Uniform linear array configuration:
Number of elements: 32
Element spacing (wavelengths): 1
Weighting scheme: exponential
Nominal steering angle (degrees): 0
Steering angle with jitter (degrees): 0.05336
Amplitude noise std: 0.05
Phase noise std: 0.05

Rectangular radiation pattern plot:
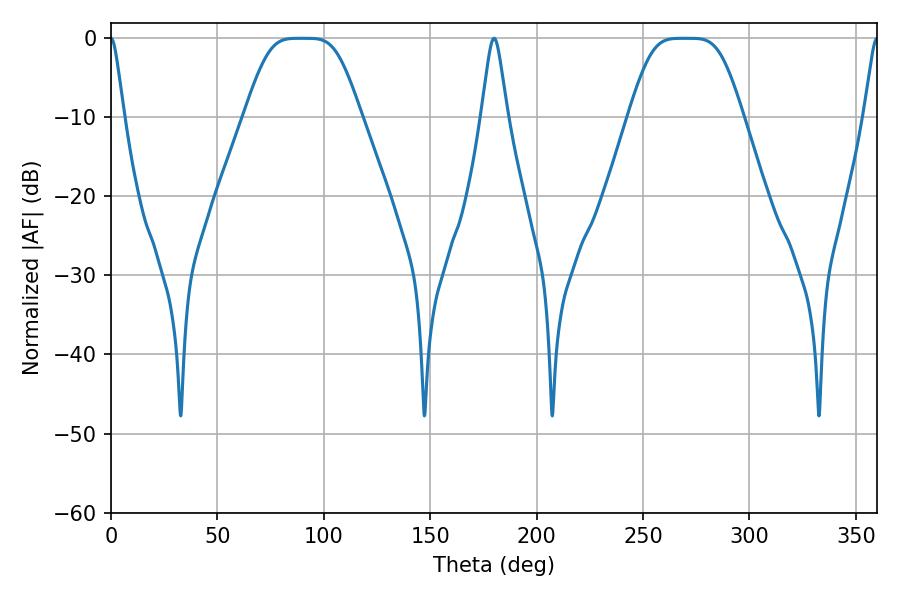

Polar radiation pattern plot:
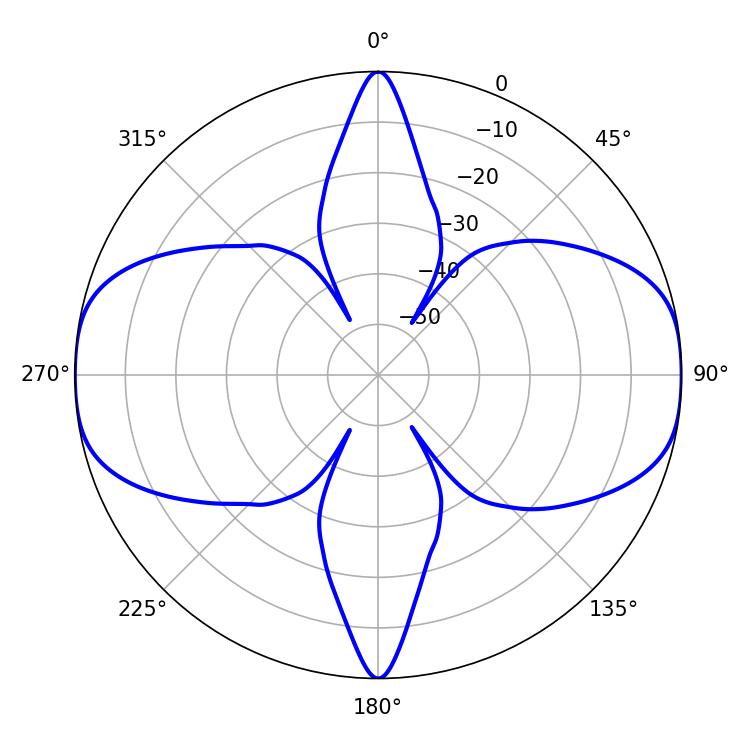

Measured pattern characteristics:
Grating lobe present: TRUE
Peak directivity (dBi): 23.167
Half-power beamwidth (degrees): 36.36
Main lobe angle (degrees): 269.64